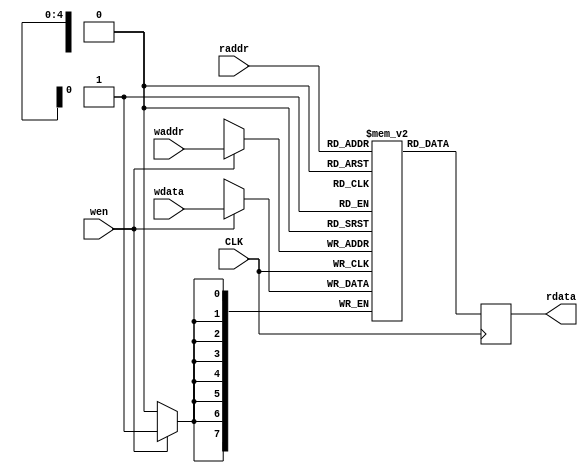

module lcd_memory
  (
   input            CLK,

   input [4:0]      raddr,
   output reg [7:0] rdata, 

   input [4:0]      waddr,
   input [7:0]      wdata,
   input            wen
   );

   reg [7:0]   mem[0:31];
   
   always @(posedge CLK)
     if (wen)
       mem[waddr] <= wdata;

   always @(posedge CLK)
     rdata <= mem[raddr];
   
endmodule